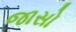
જાસો